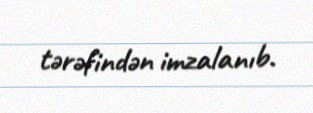
tərəfindən imzalanıb.